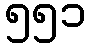
၅၅၁